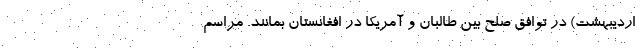
اردیبهشت) در توافق صلح بین طالبان و آمریکا در افغانستان بمانند. مراسم